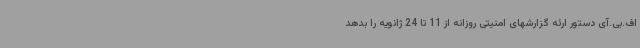
اف.بی.آی دستور ارئه گزارشهای امنیتی روزانه از 11 تا 24 ژانویه را بدهد